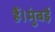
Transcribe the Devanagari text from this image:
हैं।मुंबई